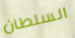
السلطان